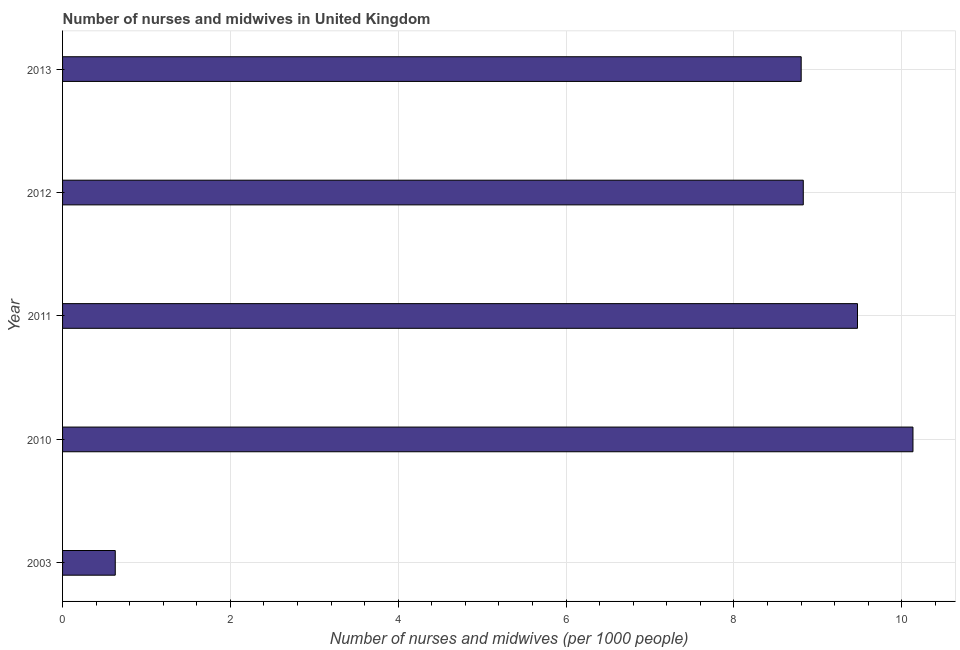
| Year | Nurses and midwives |
 | --- | --- |
 | 2003 | 0.628 |
 | 2010 | 10.1 |
 | 2011 | 9.47 |
 | 2012 | 8.83 |
 | 2013 | 8.8 |